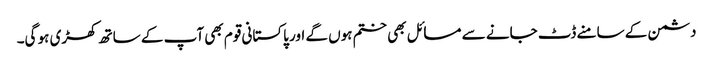
دشمن کے سامنے ڈٹ جانے سے مسائل بھی ختم ہوں گے اور پاکستانی قوم بھی آپ کے ساتھ کھڑی ہو گی۔